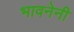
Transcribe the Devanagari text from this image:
भावनेनी